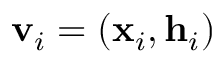
\mathbf { v } _ { i } = ( \mathbf { x } _ { i } , \mathbf { h } _ { i } )